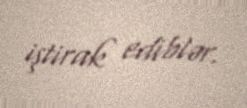
iştirak ediblər.